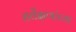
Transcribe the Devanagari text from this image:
सर्वेक्षणांच्या